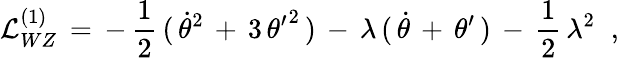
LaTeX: {\cal L}_{WZ}^{(1)}\, =\, -\, {\frac{1}{2}}\, (\, \dot{\theta}^{2}\, +\, 3\, {\theta^{\prime}}^{2}\, )\, -\, \lambda\, (\, \dot{\theta}\, +\, \theta^{\prime}\, )\, -\, {\frac{1}{2}}\, \lambda^{2}\; \; ,